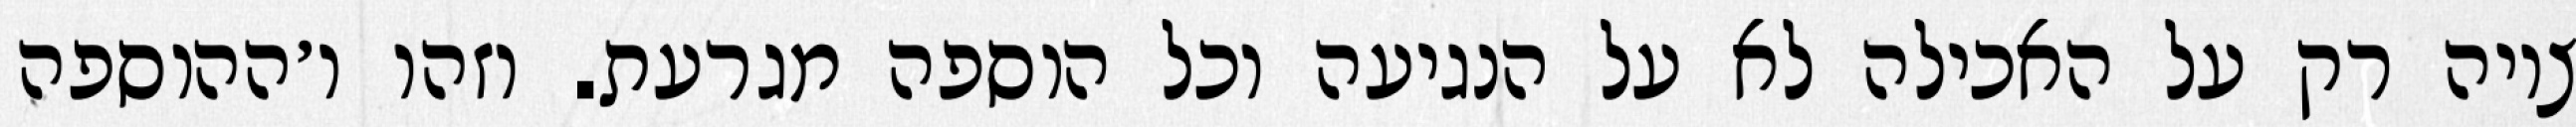
ציוה רק על האכילה לא על הנגיעה וכל הוספה מגרעת. וזהו ו׳ההוספה